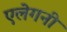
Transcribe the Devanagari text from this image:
एलेगनी